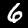
Digit: 6